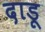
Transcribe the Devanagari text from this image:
दाडू